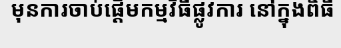
មុនការចាប់ផ្តើមកម្មវិធីផ្លូវការ នៅក្នុងពិធី